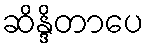
ဆိန္ဒိတာပေ